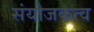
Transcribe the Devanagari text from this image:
संयोजकत्व